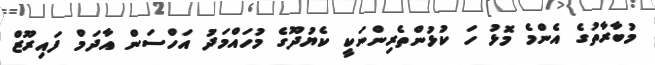
މުބާރާތުގެ އެންމެ މޮޅު ހަ ކުޅުންތެރިންނަކީ ކެޔުދޫގެ މުހައްމަދު އަހްސަން އާދަމް ފައިރޫޒް